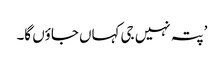
’پتہ نہیں جی کہاں جاؤں گا۔